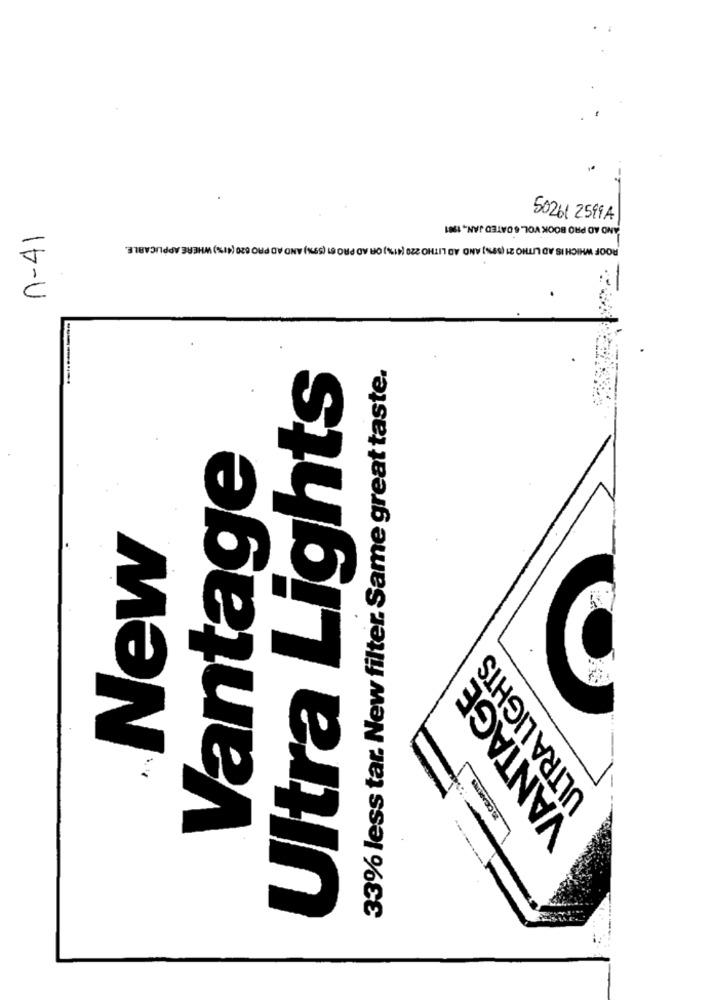
50261 2599A
AND AD PRO BOOK VOL. 6 DATED JAN ., 1991
n-41
ROOF WHICH IS AD LITHO 21 (SEN) AND AD LITHO 220 (41%) OR AD PRO 61 (59%) AND AD PRO 620 (41%%) WHERE APPLICABLE.
33% less tar. New filter. Same great taste.
Ultra Lights
Vantage
New
ULTRALIGHTS
VANTAGE